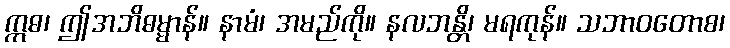
ဣဓ၊ ဤအဘိဓမ္မာန်။ နာမံ၊ အမည်ကို။ နလဘန္တိ၊ မရကုန်။ သဘာဝတောစ၊